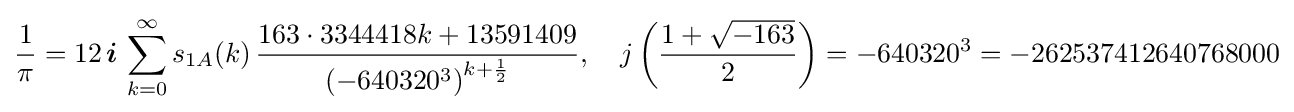
{\frac {1}{\pi }}=12\,{\boldsymbol {i}}\,\sum _{k=0}^{\infty }s_{1A}(k)\,{\frac {163\cdot 3344418k+13591409}{\left(-640320^{3}\right)^{k+{\frac {1}{2}}}}},\quad j\left({\frac {1+{\sqrt {-163}}}{2}}\right)=-640320^{3}=-262537412640768000